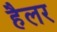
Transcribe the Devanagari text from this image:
हैलर